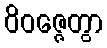
ဝိဝဇ္ဇေတွာ